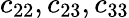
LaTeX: c_{22},c_{23},c_{33}